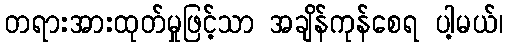
တရားအားထုတ်မှုဖြင့်သာ အချိန်ကုန်စေရ ပါ့မယ်၊